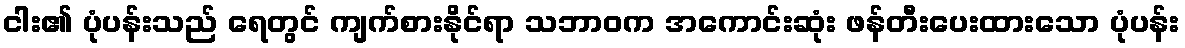
ငါး၏ ပုံပန်းသည် ရေတွင် ကျက်စားနိုင်ရာ သဘာဝက အကောင်းဆုံး ဖန်တီးပေးထားသော ပုံပန်း